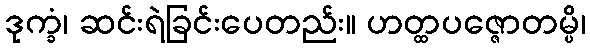
ဒုက္ခံ၊ ဆင်းရဲခြင်းပေတည်း။ ဟတ္ထပဇ္ဇောတမ္ပိ၊